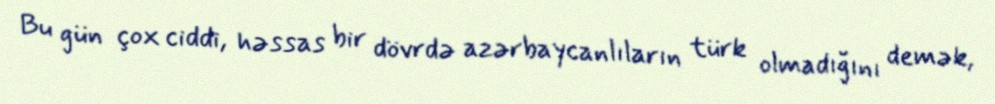
Bu gün çox ciddi, həssas bir dövrdə azərbaycanlıların türk olmadığını demək,